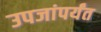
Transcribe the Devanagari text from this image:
उपजांपर्यंत